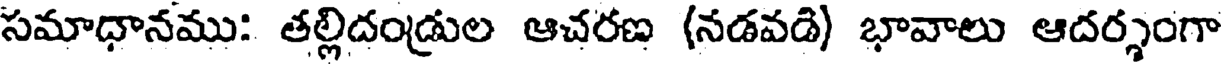
సమాధానము: తల్లిదండ్రుల ఆచరణ (నడవడి) భావాలు ఆదర్శంగా